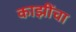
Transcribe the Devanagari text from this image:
काझींचा